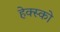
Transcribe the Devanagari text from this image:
हेक्स्को